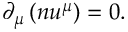
\partial _ { \mu } \left( n u ^ { \mu } \right) = 0 .